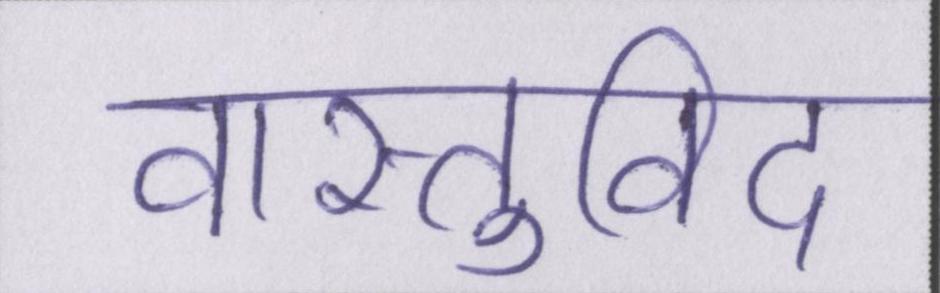
वास्तुविद